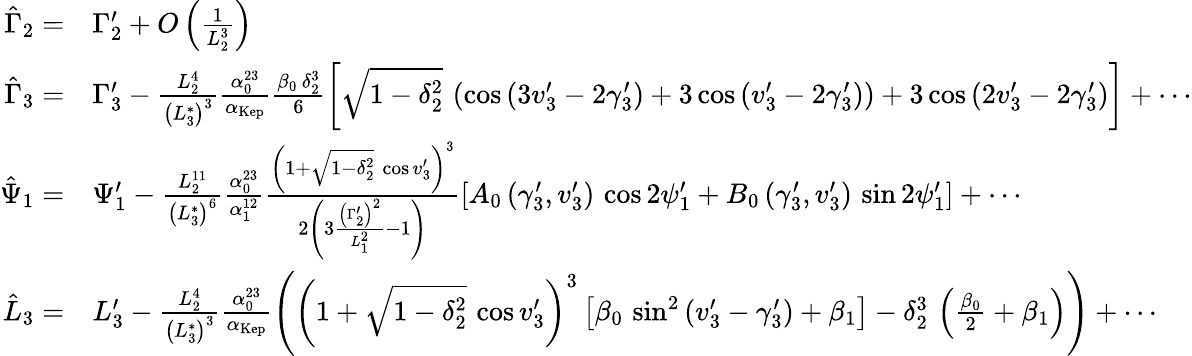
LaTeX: \begin{array}{rl}{\hat{\Gamma}_{2}=}&{\Gamma_{2}^{\prime}+O\left(\frac{1}{L_{2}^{3}}\right)}\\ {\hat{\Gamma}_{3}=}&{\Gamma_{3}^{\prime}-\frac{L_{2}^{4}}{\left(L_{3}^{*}\right)^{3}}\frac{\alpha_{0}^{23}}{\alpha_{\mathrm{Kep}}}\frac{\beta_{0}\, \delta_{2}^{3}}{6}\left[\sqrt{1-\delta_{2}^{2}}\, \left(\cos\left(3v_{3}^{\prime}-2\gamma_{3}^{\prime}\right)+3\cos\left(v_{3}^{\prime}-2\gamma_{3}^{\prime}\right)\right)+3\cos\left(2v_{3}^{\prime}-2\gamma_{3}^{\prime}\right)\right]+\cdots}\\ {\hat{\Psi}_{1}=}&{\Psi_{1}^{\prime}-\frac{L_{2}^{11}}{\left(L_{3}^{*}\right)^{6}}\frac{\alpha_{0}^{23}}{\alpha_{1}^{12}}\frac{\left(1+\sqrt{1-\delta_{2}^{2}}\, \cos v_{3}^{\prime}\right)^{3}}{2\left(3\frac{\left(\Gamma_{2}^{\prime}\right)^{2}}{L_{1}^{2}}-1\right)}\left[A_{0}\left(\gamma_{3}^{\prime},v_{3}^{\prime}\right)\, \cos 2\psi_{1}^{\prime}+B_{0}\left(\gamma_{3}^{\prime},v_{3}^{\prime}\right)\, \sin 2\psi_{1}^{\prime}\right]+\cdots}\\ {\hat{L}_{3}=}&{L_{3}^{\prime}-\frac{L_{2}^{4}}{\left(L_{3}^{*}\right)^{3}}\frac{\alpha_{0}^{23}}{\alpha_{\mathrm{Kep}}}\left(\left(1+\sqrt{1-\delta_{2}^{2}}\, \cos v_{3}^{\prime}\right)^{3}\left[\beta_{0}\, \sin^{2}\left(v_{3}^{\prime}-\gamma_{3}^{\prime}\right)+\beta_{1}\right]-\delta_{2}^{3}\, \left(\frac{\beta_{0}}{2}+\beta_{1}\right)\right)+\cdots}\end{array}